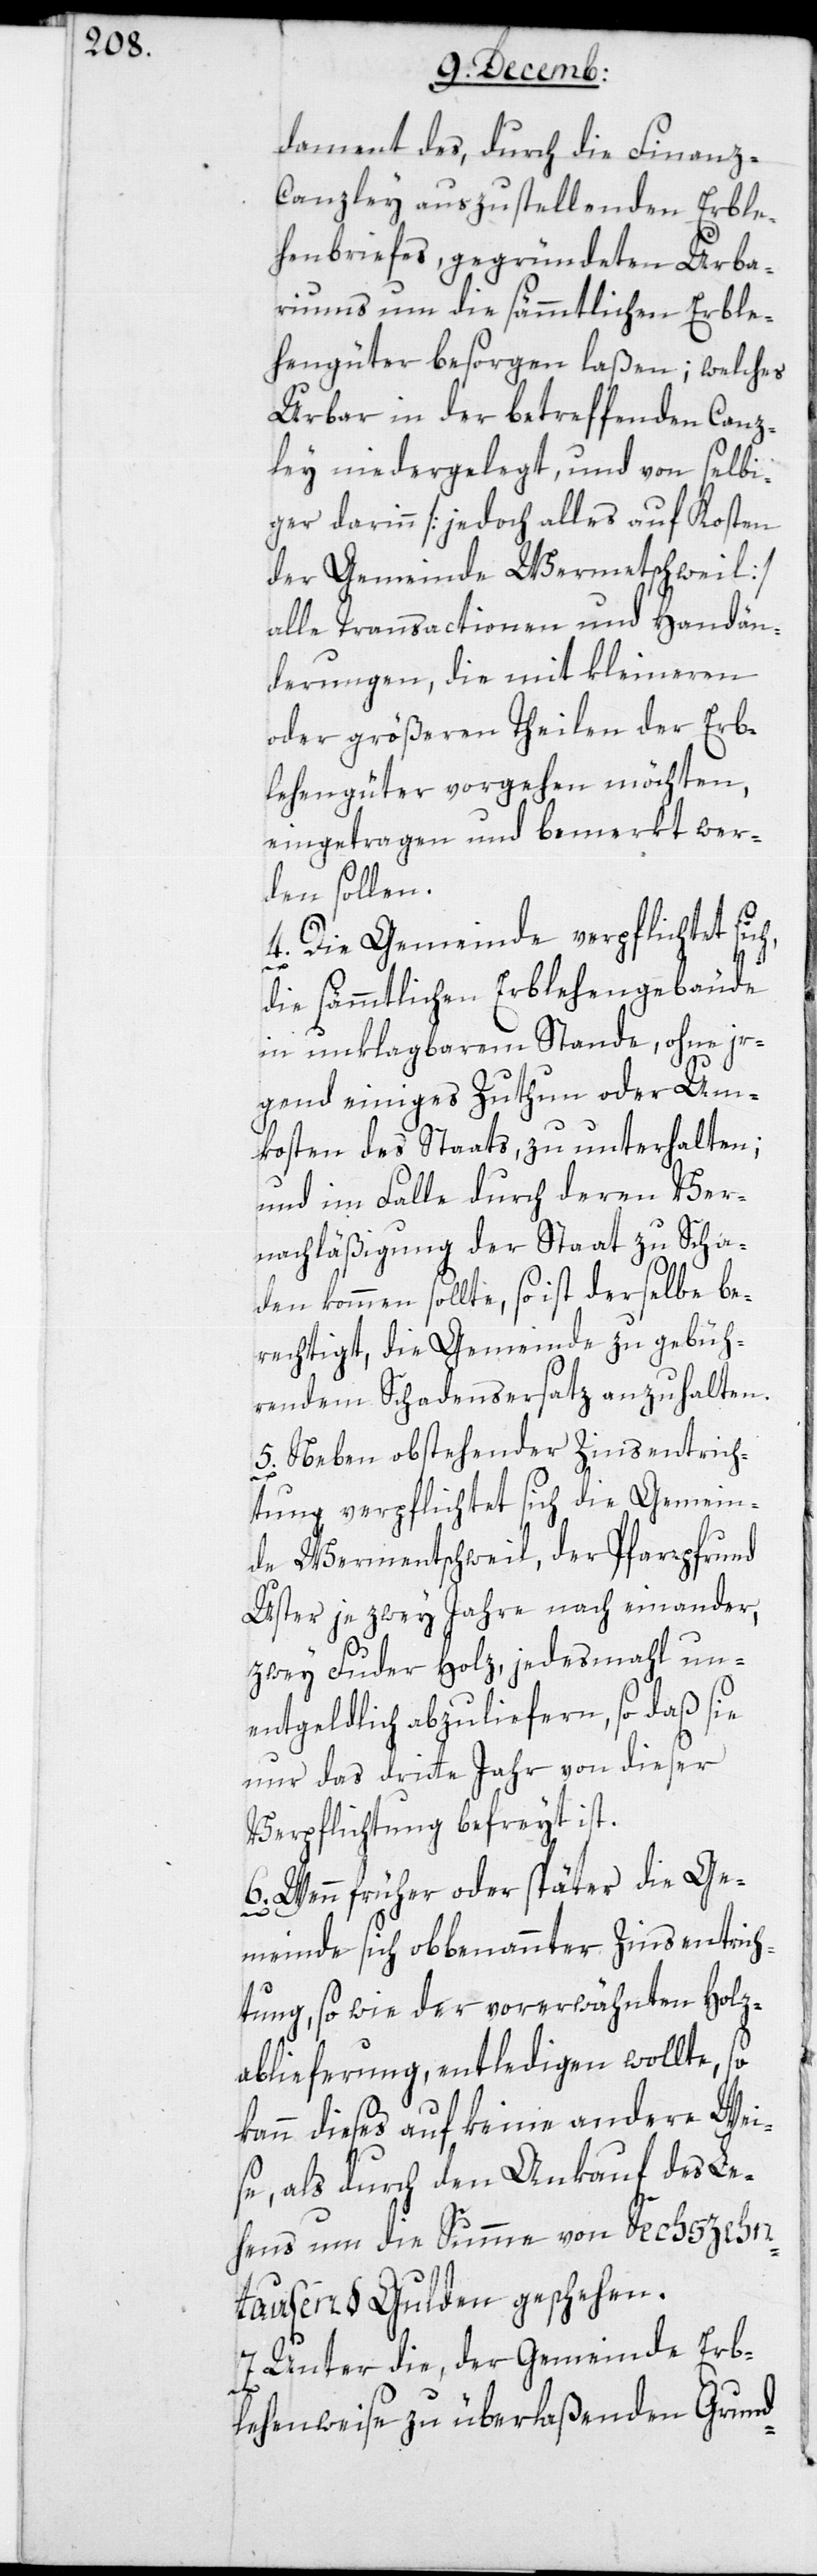
dament des, durch die Finanz-C¬
anzley auszustellenden Erble¬
henbriefes gegründeten Urba¬
riums um die sämmtlichen Erble¬
hengüter besorgen laßen; welches
Urbar in der betreffenden Canz¬
ley niedergelegt, und von selbi¬
ger darinn [jedoch alles auf Kosten
der Gemeinde Wermatschweil]
alle Transactionen und Handän¬
derungen, die mit kleineren
oder größeren Theilen der Erb¬
lehengüter vorgehen möchten,
eingetragen und bemerkt wer¬
den sollen.
4. Die Gemeinde verpflichtet sich,
die sämmtlichen Erblehengebäude
in unklagbarem Stande, ohne ir¬
gend einiges Zutun oder Um¬
kosten des Staats, zu unterhalten;
und im Falle durch deren Ver¬
nachläßigung der Staat zu Scha¬
den kommen sollte, so ist derselbe be¬
rechtigt, die Gemeinde zu gebüh¬
rendem Schadensersatz anzuhalten.
5. Neben obstehender Zinsentrich¬
tung verpflichtet sich die Gemein¬
de Wermatschweil, der Pfarrpfrund
Uster je zwey Jahre nach einander,
zwey Fuder Holz, jedesmahl un¬
entgeldlich abzuliefern, so daß sie
nur das dritte Jahr von dieser
Verpflichtung befreyt ist.
6. Wenn früher oder später die Ge¬
meinde sich obbenannter Zinsentrich¬
tung, so wie der vorerwähnten Holz¬
ablieferung, entledigen wollte, so
kann dieses auf keine andere Wei¬
se, als durch den Ankauf des Le¬
hens um die Summe von Sechszehn¬
tausend Gulden geschehen.
7. Unter die, der Gemeinde Erb¬
lehenweise zu überlaßenden Grund-